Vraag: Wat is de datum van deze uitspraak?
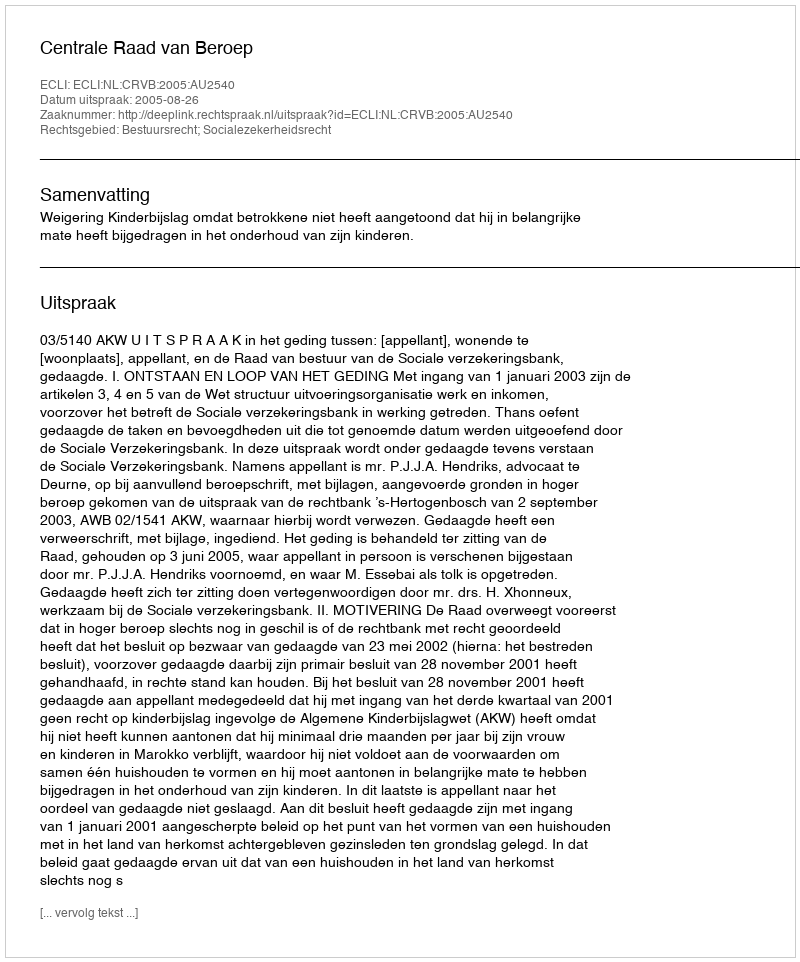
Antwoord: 2005-08-26